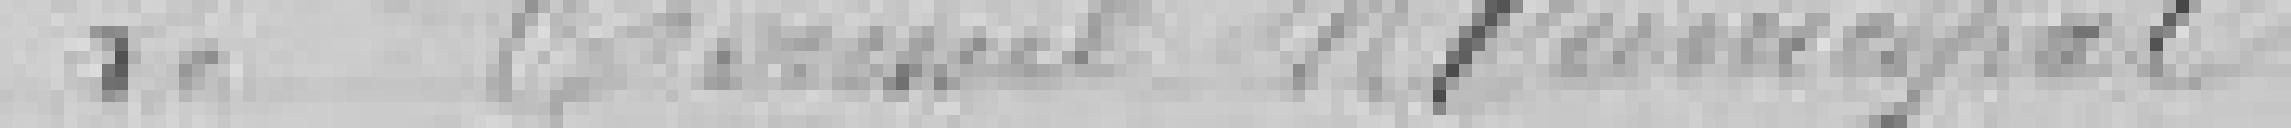
Le Conseil Municipal